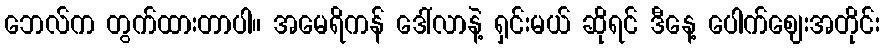
ဘေလ်က တွက်ထားတာပါ။ အမေရိကန် ဒေါ်လာနဲ့ ရှင်းမယ် ဆိုရင် ဒီနေ့ ပေါက်ဈေးအတိုင်း